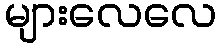
များလေလေ